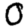
Digit: 0